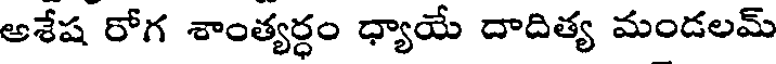
ఆశేష రోగ శాంత్యర్ధం ధ్యాయే దాదిత్య మండలమ్